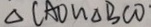
\Delta C A O \sim \Delta B C O